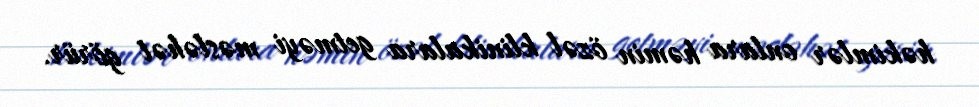
həkimlər onlara həmin özəl klinikalara getməyi məsləhət görür.